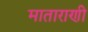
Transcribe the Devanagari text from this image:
माताराणी